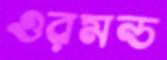
ওরমন্ড